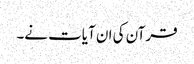
قرآن کی ان آیات نے۔